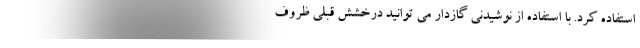
استفاده کرد. با استفاده از نوشیدنی گازدار می توانید درخشش قبلی ظروف